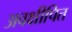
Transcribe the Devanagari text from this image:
अवक्षीपित